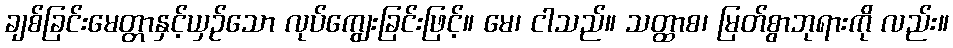
ချစ်ခြင်းမေတ္တာနှင့်ယှဉ်သော လုပ်ကျွေးခြင်းဖြင့်။ မေ၊ ငါသည်။ သတ္ထာစ၊ မြတ်စွာဘုရားကို လည်း။